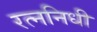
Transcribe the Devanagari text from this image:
रत्‍ननिधी